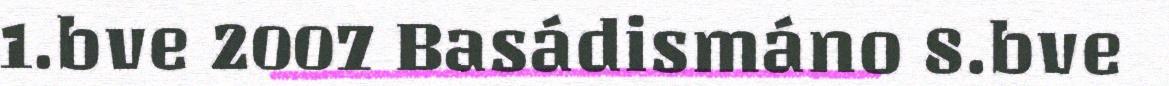
1.bve 2007 Basádismáno 8.bve